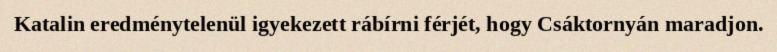
Katalin eredménytelenül igyekezett rábírni férjét, hogy Csáktornyán maradjon.